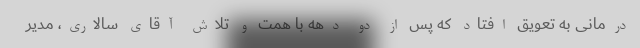
درمانی به تعویق افتاد که پس از دو دهه با همت و تلاش آقای سالاری، مدیر